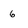
Character: 6